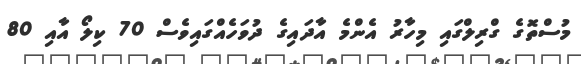
މުސްތޮގެ ގްރިލްގައި މިހާރު އެންމެ އާދައިގެ ދުވަހެއްގައިވެސް 70 ކިލޯ އާއި 80